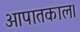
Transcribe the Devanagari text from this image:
आपातकाल।